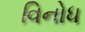
વિનોધ